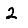
Digit: 2